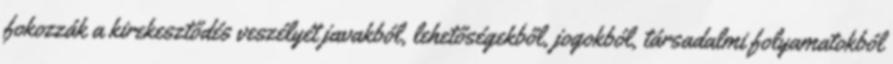
fokozzák a kirekesztődés veszélyét javakból, lehetőségekből, jogokból, társadalmi folyamatokból